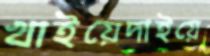
খাইয়েদাইয়ে